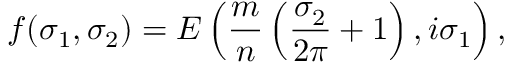
f ( \sigma _ { 1 } , \sigma _ { 2 } ) = E \left( \frac { m } { n } \left( \frac { \sigma _ { 2 } } { 2 \pi } + 1 \right) , i \sigma _ { 1 } \right) ,